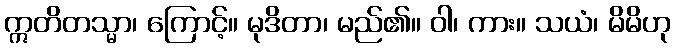
ဣတိတသ္မာ၊ ကြောင့်။ မုဒိတာ၊ မည်၏။ ဝါ၊ ကား။ သယံ၊ မိမိဟု